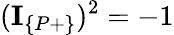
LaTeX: (\textbf{I}_{\{ P+\} })^{2}=-1